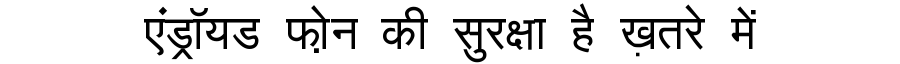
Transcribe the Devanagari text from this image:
एंड्रॉयड फो़न की सुरक्षा है ख़तरे में